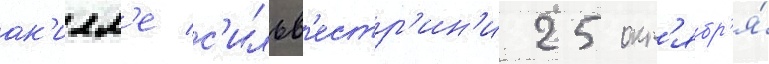
ак'илл'е с'ильв'естр'ин'и 25 окт'ябр'я́